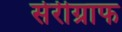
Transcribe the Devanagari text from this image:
सेरीग्राफ